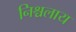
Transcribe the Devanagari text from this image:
निश्चलाय